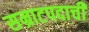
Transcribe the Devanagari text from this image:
सम्राटपदाची